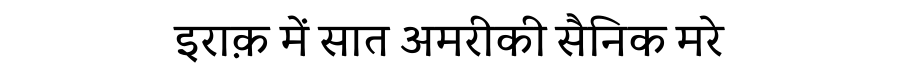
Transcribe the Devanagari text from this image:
इराक़ में सात अमरीकी सैनिक मरे